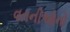
વતનીઓનો